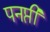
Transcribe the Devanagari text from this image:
पनप्ती